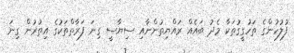
ފުލުހުންގެ ތަހުގީގުތަކާ މެދު ބައެއް ރައްޔިތުންނާއި ސިޔާސީ ގިނަ ފަރާތްތަކުގެ އިތުރުން ގިނަ